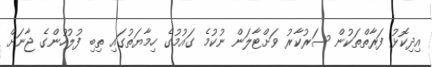
އިދިކޮޅު ފަރާތްތަކުން ސަރުކާރު ވަށްޓާލަން ނުކުމެ ގައުމުގެ ހިމާޔަތުގައި ތިބި ފުލުހުންގެ ޖާނަށް